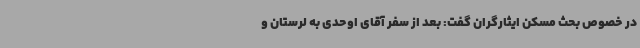
در خصوص بحث مسکن ایثارگران گفت: بعد از سفر آقای اوحدی به لرستان و